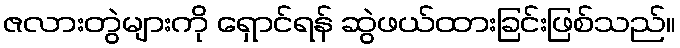
ဇလားတွဲများကို ရှောင်ရန် ဆွဲဖယ်ထားခြင်းဖြစ်သည်။